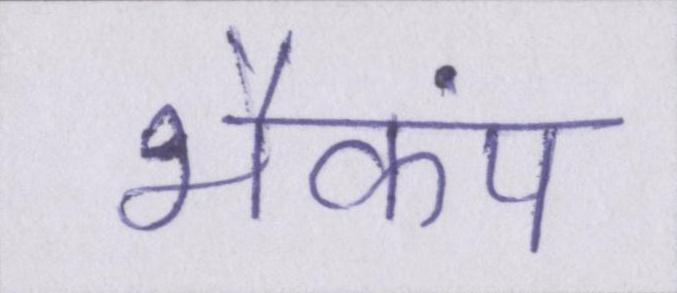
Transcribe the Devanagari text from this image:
भैकंप